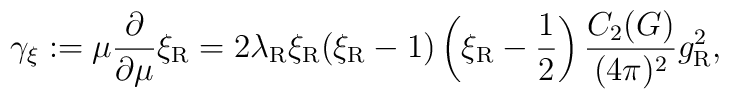
\gamma_\xi :=\mu\frac\partial{\partial\mu} \xi_{\rm R} =2 \lambda_{\rm R} \xi_{\rm R}(\xi_{\rm R}-1) \left(\xi_{\rm R}-{1 \over 2}\right)  \frac{C_2(G)}{(4\pi)^2} g_{\rm R}^2 ,